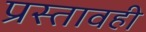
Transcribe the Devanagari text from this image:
प्रस्तावही